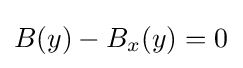
{}B(y)-{{B}_{x}}(y)={{0}_{}}